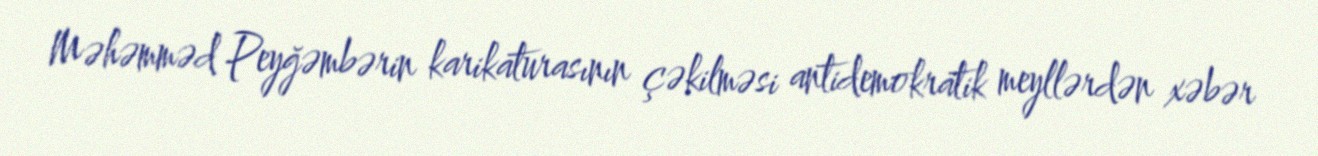
Məhəmməd Peyğəmbərin karikaturasının çəkilməsi antidemokratik meyllərdən xəbər